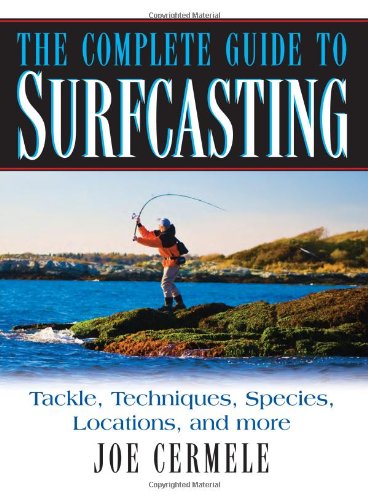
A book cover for The Complete Guide to Surfcasting; Joe Cermele; Sports & Outdoors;